Report on sanitation, dispensaries, and jails in Rajputana for 1918, and on vaccination for the year 1918-1919 - 1918-1919
Year: 1918
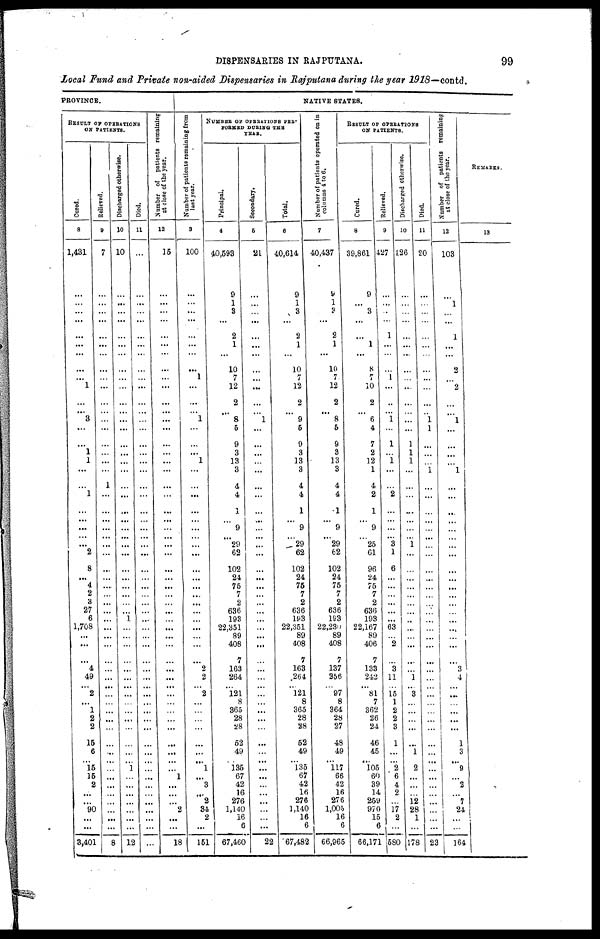
DISPENSARIES IN RAJPUTANA.
99
Local Fund and Private non-aided Dispensaries in Rajputana during the year 1918—contd.
PROVINCE.
RESULT OF OPERATIONS
ON PATIENTS.
Cured.
8
1,431
...
...
...
...
...
...
...
...
...
1
...
... 3
...
...
1
1
...
...
1
...
...
...
...
...
2
8
...
4
2
3
27
6
1,708
...
...
...
4
49
... 2
...
1
2
2
15
6
...
15
15
2
...
...
90
...
...
3,401
Relieved.
9
7
...
...
...
...
...
...
...
...
...
...
...
... ...
...
...
...
...
...
1
...
...
...
...
...
...
...
...
...
....
...
...
...
...
...
...
...
...
...
...
...
...
...
...
...
...
...
...
...
...
...
...
...
...
...
...
...
8
Discharged otherwise.
10
10
...
...
...
...
...
...
...
...
...
...
...
...
...
...
...
...
...
...
...
...
...
...
...
...
...
...
...
...
...
...
...
...
1
...
...
...
...
...
...
...
...
...
...
...
...
...
...
... 1
...
...
...
...
...
...
...
12
Died.
11
...
...
...
...
...
...
...
...
...
...
...
...
...
...
...
...
...
...
...
...
...
...
...
...
...
...
...
...
...
...
...
...
...
...
...
...
...
...
...
...
...
...
...
...
...
...
...
...
...
...
...
...
...
...
...
...
...
...
Number of patients remaining
at close of the year.
12
15
...
...
...
...
...
...
...
...
...
...
...
...
...
...
...
...
...
...
...
...
...
...
...
...
...
...
...
...
...
...
...
...
...
...
...
...
...
...
...
...
...
...
...
...
...
...
...
...
...
1
...
...
...
2
...
...
18
NATIVE STATES.
Number of patients remaining from
last year.
3
100
...
...
...
...
...
...
...
...
1
...
...
...
1
...
...
...
1
...
...
...
...
...
...
...
...
...
...
...
...
...
...
...
...
...
...
...
...
2
2
... 2
...
...
...
...
...
...
... 1
...
3
...
2
34
2
...
151
NUMBER OF OPERATIONS PER¬
PERMED DURING THE
YEAR.
Principal.
4
40,593
9
1
3
...
2
1
...
10
7
12
2
... 8
5
9
3
13
3
4
4
1
...
9
...
29
62
102
24
75
7
2
636
193
22,351
89
408
7
163
264
... 121
8
365
28
28
52
49
...
135
67
42
16
276
1,140
16
6
67,460
Secondary.
5
21
...
...
...
...
...
...
...
...
...
...
...
... 1
...
...
...
...
...
...
...
...
...
...
...
...
...
...
...
...
...
...
...
...
...
...
...
...
...
...
...
...
...
...
...
...
...
...
...
...
...
...
...
...
...
...
...
22
Total.
6
40,614
9
1
3
...
2
1
...
10
7
12
2
... 9
5
9
3
13
3
4
4
1
...
9
...
29
62
102
24
75
7
2
636
193
22,351
89
408
7
163
264
... 121
8
365
28
28
52
49
... 135
67
42
16
276
1,140
16
6
67,482
Number of patients operated on in
columns 4 to 6.
7
40,437
9
1
3
...
2
1
...
10
7
12
2
... 8
5
9
3
13
3
4
4
1
...
9
...
29
62
102
24
75
7
2
636
193
22,230
89
408
7
137
256
... 97
8
364
28
27
48
49
... 117
66
42
16
276
1,005
16
6
66,965
RESULT OF OPERATIONS
ON PATIENTS.
Cured.
8
39,861
9
...
3
...
...
1
...
8
7
10
2
... 6
4
7
2
12
1
4
2
1
...
9
...
25
61
96
24
75
7
2
636
193
22,167
89
406
7
133
242
... 81
7
362
26
24
46
45
... 105
60
39
14
259
970
15
6
66,171
Relieved.
9
427
...
...
...
...
1
...
...
...
1
...
...
... 1
...
1
...
1
...
...
2
...
...
...
...
3
1
6
...
...
...
...
...
...
63
...
2
...
3
11
...
15
1
2
2
3
1
...
... 2
6
4
2
...
17
2
...
580
Discharged otherwise.
10
126
...
...
...
...
...
...
...
...
...
...
...
...
...
...
1
1
1
...
...
...
...
...
...
...
1
...
...
...
...
...
...
...
...
...
...
...
...
...
1
... 3
...
...
...
...
...
1
2
...
...
... 12
28
1
...
178
Died.
11
20
...
...
...
...
...
...
...
...
...
...
...
... 1
1
...
...
...
1
...
...
...
...
...
...
...
...
...
...
...
...
...
...
...
...
...
...
...
...
...
... ...
...
...
...
...
...
...
...
...
...
...
...
...
...
...
...
23
Number of patients remaining
at close of the year.
12
103
...
1
...
...
1
...
...
2
...
2
...
... 1
...
...
...
...
1
...
...
...
...
...
...
...
...
...
...
...
...
...
...
...
...
...
...
...
3
4
...
...
...
...
...
...
1
3
... 9
...
2
... 7
24
...
...
164
REMARKS.
13